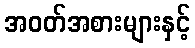
အဝတ်အစားများနှင့်